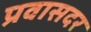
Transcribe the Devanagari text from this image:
प्रवासदर